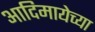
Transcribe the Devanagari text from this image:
आदिमायेच्या